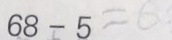
6 8 - 5 = 6